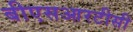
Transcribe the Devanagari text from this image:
बीएसआरटीसी